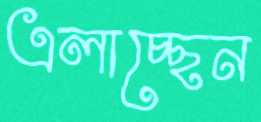
এলাচ্ছেন